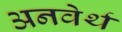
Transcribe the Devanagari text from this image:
अनवेर्थ